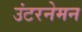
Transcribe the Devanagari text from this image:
उंटरनेमन